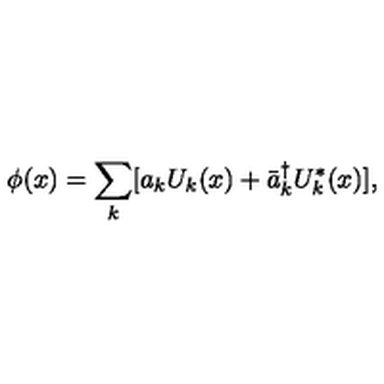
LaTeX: \phi ( x ) = \sum _ { k } [ a _ { k } U _ { k } ( x ) + \bar { a } _ { k } ^ { \dagger } U _ { k } ^ { * } ( x ) ] ,